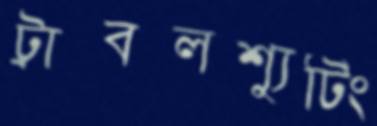
ট্রাবলশ্যুটিং